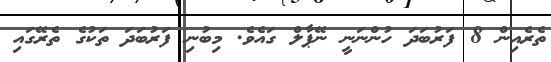
ތެރެއިން 8 ފަރުބަދަ ހުންނަނީ ނޭޕާލް ގައެވެ. މިބުނި ފަރުބަދަ ތަކުގެ ތެރޭގައި